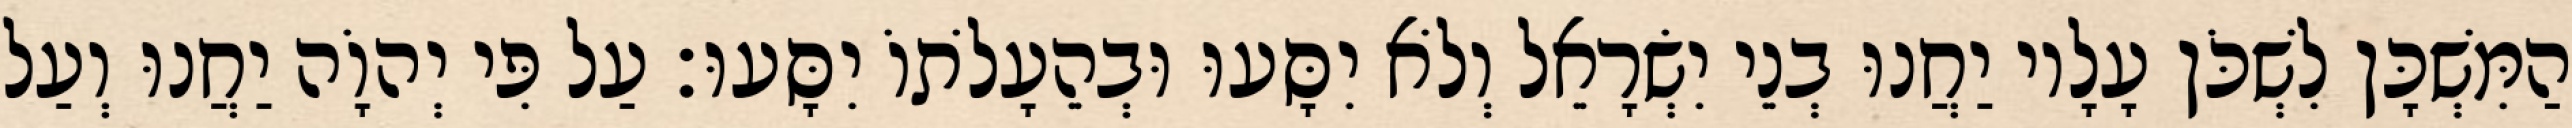
הַמִּשְׁכָּן לִשְׁכֹּן עָלָיו יַחֲנוּ בְנֵי יִשְׂרָאֵל וְלֹא יִסָּעוּ וּבְהֵעָלֹתוֹ יִסָּעוּ׃ עַל פִּי יְהוָֹה יַחֲנוּ וְעַל